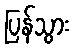
ပြန်သွား